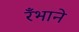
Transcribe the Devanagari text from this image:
रँभाने